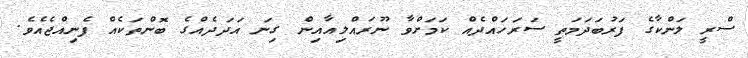
ސްރީ ލަންކާގެ ފަރުބަދަމަތީ ސަރަހައްދެއް ކަމަށްވާ ނޫރައްލިއާއިން ގިނަ އަދަދެއްގެ ބޮންތަކެއް ފެނިއްޖެއެވެ.